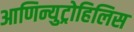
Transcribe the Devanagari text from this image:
आणिन्युट्रोहिलिस